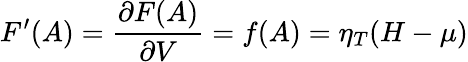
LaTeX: {F^{\prime}(A)=\frac{\partial F(A)}{\partial V}=f(A)=\eta_{T}(H-\mu)}